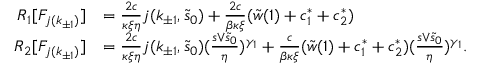
\begin{array} { r l } { R _ { 1 } [ F _ { j ( k _ { \pm 1 } ) } ] } & { = \frac { 2 c } { \kappa \xi \eta } j ( k _ { \pm 1 } , \tilde { s } _ { 0 } ) + \frac { 2 c } { \beta \kappa \xi } ( \tilde { w } ( 1 ) + c _ { 1 } ^ { \ast } + c _ { 2 } ^ { \ast } ) } \\ { R _ { 2 } [ F _ { j ( k _ { \pm 1 } ) } ] } & { = \frac { 2 c } { \kappa \xi \eta } j ( k _ { \pm 1 } , \tilde { s } _ { 0 } ) ( \frac { s \vee \tilde { s } _ { 0 } } \eta ) ^ { \gamma _ { 1 } } + \frac c { \beta \kappa \xi } ( \tilde { w } ( 1 ) + c _ { 1 } ^ { \ast } + c _ { 2 } ^ { \ast } ) ( \frac { s \vee \tilde { s } _ { 0 } } \eta ) ^ { \gamma _ { 1 } } . } \end{array}